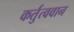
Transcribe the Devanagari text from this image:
कर्तुत्ववान